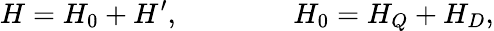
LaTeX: H=H_{0}+H^{\prime},\qquad\qquad H_{0}=H_{Q}+H_{D},